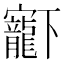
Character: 𡬈